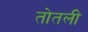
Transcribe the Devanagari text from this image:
तोतली